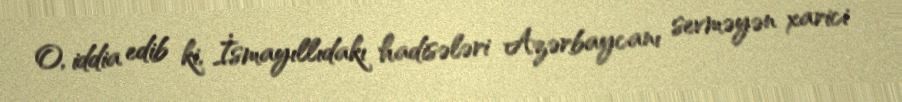
O, iddia edib ki, İsmayıllıdakı hadisələri Azərbaycanı sevməyən xarici